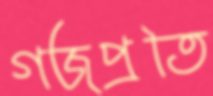
গজপ্রতি